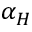
\alpha _ { H }